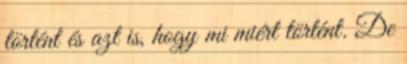
történt és azt is, hogy mi miért történt. De